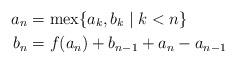
LaTeX: \begin{align*}a_n &= \operatorname{mex}\{ a_k, b_k \;|\; k < n\}\\b_n &= f(a_n) + b_{n-1} + a_n - a_{n-1} \end{align*}